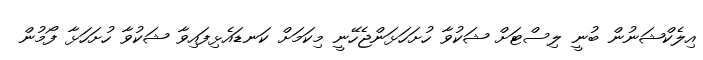
އިލެކްޝަނުން ބުނީ ލިސްޓަށް ޝަކުވާ ހުށަހަޅަންޖެހޭނީ މިކަމަށް ކަނޑައެޅިފައިވާ ޝަކުވާ ހުށަހަޅާ ފޯމުން